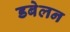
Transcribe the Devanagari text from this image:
डबेलन